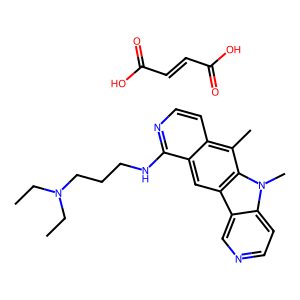
SMILES: CCN(CC)CCCNc1nccc2c(C)c3c(cc12)c1cnccc1n3C.O=C(O)C=CC(=O)O
Inhibits HIV replication: No